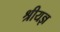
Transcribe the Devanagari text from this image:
श्रीयज्ञ